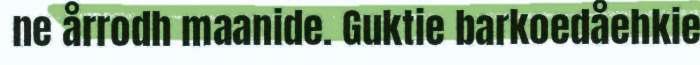
ne årrodh maanide. Guktie barkoedåehkie